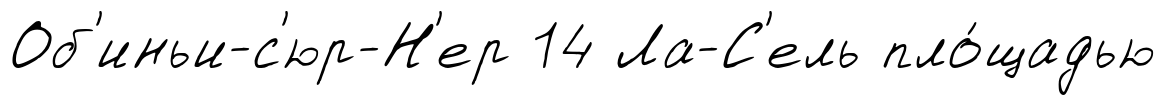
Об'иньи-с'юр-Н'ер 14 Ла-С'ель пло́щадью